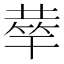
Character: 𥮌